Vaccination in Bombay 1863-1868 - 1863-1868
Year: 1863
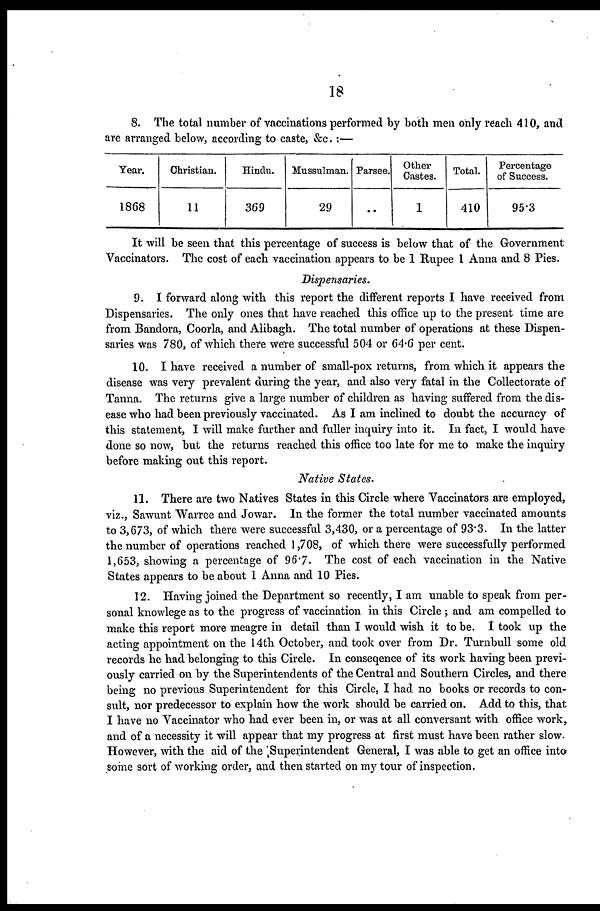
18
8. The total number of vaccinations performed by both men only reach 410, and
are arranged below, according to caste, &c.:—
Year.
1868
Christian.
11
Hindu.
369
Mussulman.
29
Parsee.
..
Other
Castes.
1
Total.
410
Percentage
of Success.
95.3
It will be seen that this percentage of success is below that of the Government
Vaccinators. The cost of each vaccination appears to be 1 Rupee 1 Anna and 8 Pies.
Dispensaries.
9. I forward along with this report the different reports I have received from
Dispensaries. The only ones that have reached this office up to the present time are
from Bandora, Coorla, and Alibagh. The total number of operations at these Dispen-
saries was 780, of which there were successful 504 or 64.6 per cent.
10. I have received a number of small-pox returns, from which it appears the
disease was very prevalent during the year, and also very fatal in the Collectorate of
Tanna. The returns give a large number of children as having suffered from the dis-
ease who had been previously vaccinated. As I am inclined to doubt the accuracy of
this statement, I will make further and fuller inquiry into it. In fact, I would have
done so now, but the returns reached this office too late for me to make the inquiry
before making out this report.
Native States.
11. There are two Natives States in this Circle where Vaccinators are employed,
viz., Sawunt Warree and Jowar. In the former the total number vaccinated amounts
to 3,673, of which there were successful 3,430, or a percentage of 93.3. In the latter
the number of operations reached 1,708, of which there were successfully performed
1,653, showing a percentage of 96.7. The cost of each vaccination in the Native
States appears to be about 1 Anna and 10 Pies.
12. Having joined the Department so recently, I am unable to speak from per-
sonal knowlege as to the progress of vaccination in this Circle ; and am compelled to
make this report more meagre in detail than I would wish it to be. I took up the
acting appointment on the 14th October, and took over from Dr. Turnbull some old
records he had belonging to this Circle. In conseqence of its work having been previ-
ously carried on by the Superintendents of the Central and Southern Circles, and there
being no previous Superintendent for this Circle, I had no books or records to con-
sult, nor predecessor to explain how the work should be carried on. Add to this, that
I have no Vaccinator who had ever been in, or was at all conversant with office work,
and of a necessity it will appear that my progress at first must have been rather slow.
However, with the aid of the Superintendent General, I was able to get an office into
some sort of working order, and then started on my tour of inspection.